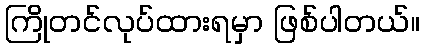
ကြိုတင်လုပ်ထားရမှာ ဖြစ်ပါတယ်။